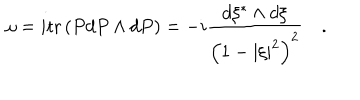
\omega = i \mathrm { t r } \left( { P d P \wedge d P } \right) = - i { \frac { d \xi ^ { * } \wedge d \xi } { \left( { 1 - \left| \xi \right| ^ { 2 } } \right) ^ { 2 } } } \quad .